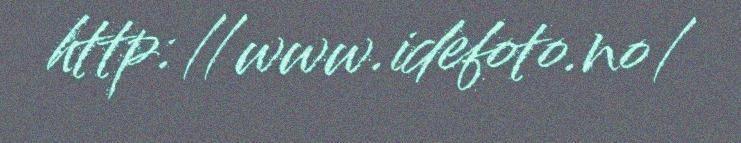
http://www.idefoto.no/